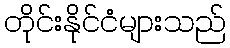
တိုင်းနိုင်ငံများသည်